Scottish Leaving Certificate Examination, 1960
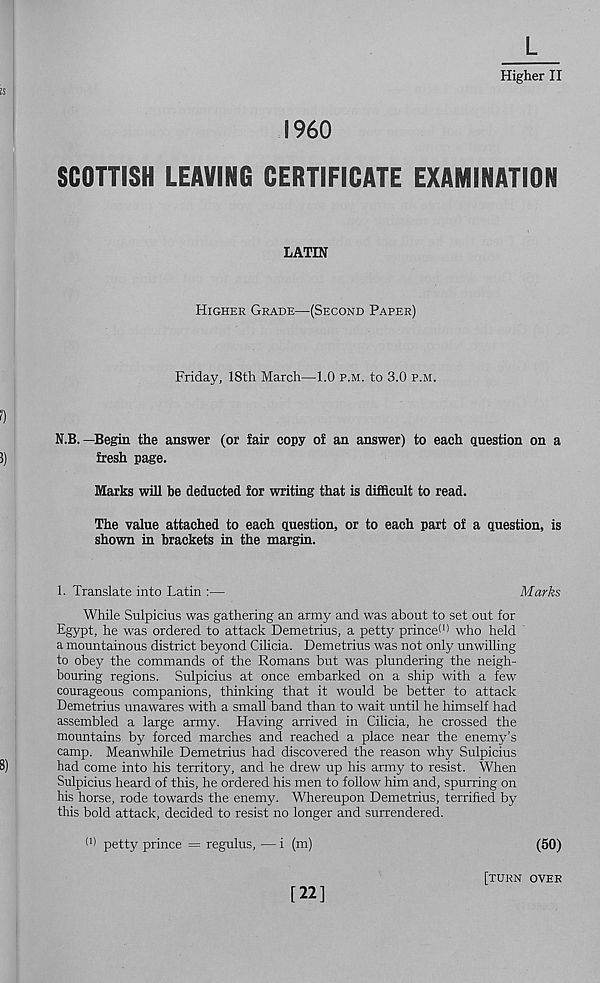
Higher II
I960
SCOTTISH LEAVING CERTIFICATE EXAMINATION
LATIN
Higher Grade—(Second Paper)
Friday, 18th March—1.0 p.m. to 3.0 p.m.
N.B.—Begin the answer (or fair copy of an answer) to each question on a
fresh page.
Marks will be deducted for writing that is difficult to read.
The value attached to each question, or to each part of a question, is
shown in brackets in the margin.
1. Translate into Latin :—
Marks
While Sulpicius was gathering an army and was about to set out for
Egypt, he was ordered to attack Demetrius, a petty princeW who held
a mountainous district beyond Cilicia. Demetrius was not only unwilling
to obey the commands of the Romans but was plundering the neigh-
bouring regions. Sulpicius at once embarked on a ship with a few
courageous companions, thinking that it would be better to attack
Demetrius unawares with a small band than to wait until he himself had
assembled a large army. Having arrived in Cilicia, he crossed the
mountains by forced marches and reached a place near the enemy’s
camp. Meanwhile Demetrius had discovered the reason why Sulpicius
had come into his territory, and he drew up his army to resist. When
Sulpicius heard of this, he ordered his men to follow him and, spurring on
his horse, rode towards the enemy. Whereupon Demetrius, terrified by
this bold attack, decided to resist no longer and surrendered.
(1) petty prince = regulus, — i (m)
[22]
(50)
[turn over